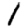
Digit: 1